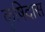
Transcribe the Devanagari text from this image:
कृषिदास